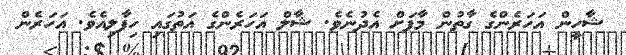
ޝާހީން އަހަރެންގެ ގާތުން މާފަށް އެދުނެވެ. ޝާލް އަހަރެންގެ އަތުގައި ހިފާލިއެވެ. އަހަރެން